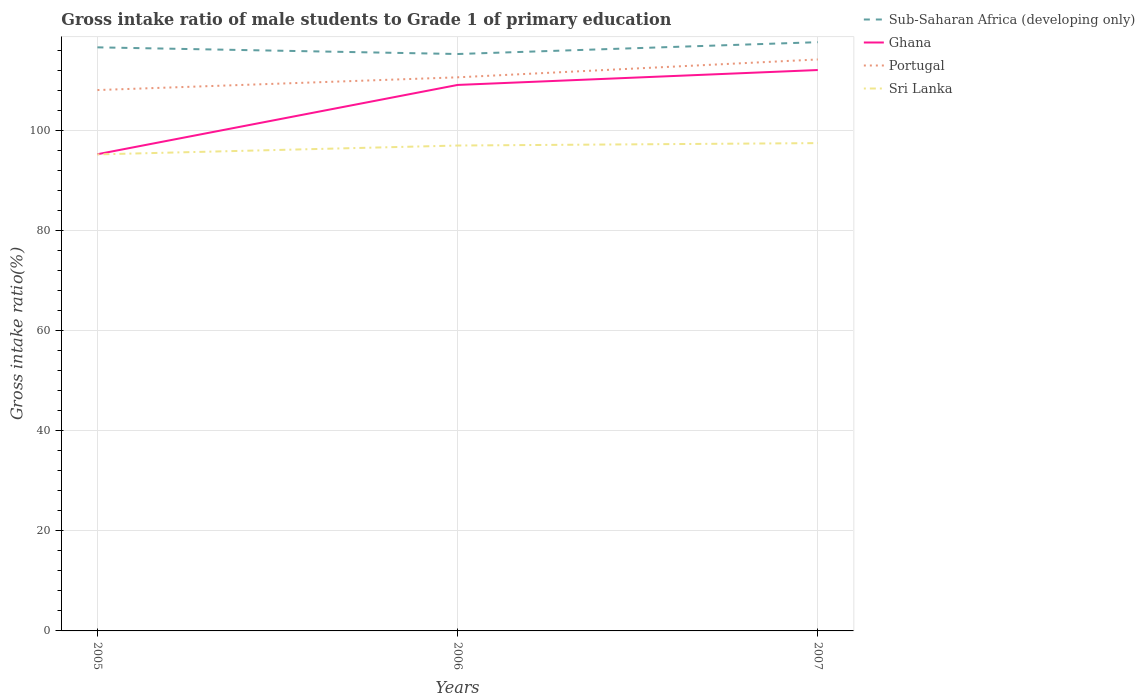
| Years | Sub-Saharan Africa (developing only) | Ghana | Portugal | Sri Lanka |
 | --- | --- | --- | --- | --- |
 | 2005 | 117 | 95.3 | 108 | 95.3 |
 | 2006 | 115 | 109 | 111 | 97 |
 | 2007 | 118 | 112 | 114 | 97.5 |